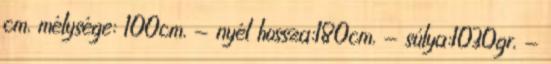
cm, mélysége: 100cm, - nyél hossza:180cm, - súlya:1030gr, -